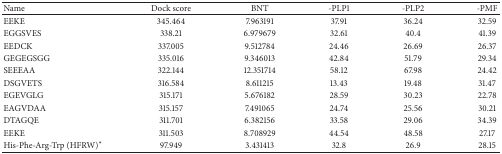
<table><thead><tr><td><b>Name</b></td><td><b>Dock score</b></td><td><b>BNT</b></td><td><b>-PLP1</b></td><td><b>-PLP2</b></td><td><b>-PMF</b></td></tr></thead><tbody><tr><td>EEKE</td><td>345.464</td><td>7.963191</td><td>37.91</td><td>36.24</td><td>32.59</td></tr><tr><td>EGGSVES</td><td>338.21</td><td>6.979679</td><td>32.61</td><td>40.4</td><td>41.39</td></tr><tr><td>EEDCK</td><td>337.005</td><td>9.512784</td><td>24.46</td><td>26.69</td><td>26.37</td></tr><tr><td>GEGEGSGG</td><td>335.016</td><td>9.346013</td><td>42.84</td><td>51.79</td><td>29.34</td></tr><tr><td>SEEEAA</td><td>322.144</td><td>12.351714</td><td>58.12</td><td>67.98</td><td>24.42</td></tr><tr><td>DSGVETS</td><td>316.584</td><td>8.611215</td><td>13.43</td><td>19.48</td><td>31.47</td></tr><tr><td>EGEVGLG</td><td>315.171</td><td>5.676182</td><td>28.59</td><td>30.23</td><td>22.78</td></tr><tr><td>EAGVDAA</td><td>315.157</td><td>7.491065</td><td>24.74</td><td>25.56</td><td>30.21</td></tr><tr><td>DTAGQE</td><td>311.701</td><td>6.382156</td><td>33.58</td><td>29.06</td><td>34.39</td></tr><tr><td>EEKE</td><td>311.503</td><td>8.708929</td><td>44.54</td><td>48.58</td><td>27.17</td></tr><tr><td>His-Phe-Arg-Trp (HFRW)*</td><td>97.949</td><td>3.431413</td><td>32.8</td><td>26.9</td><td>28.15</td></tr></tbody></table>